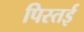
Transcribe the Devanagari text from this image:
पिस्तई